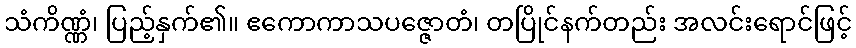
သံကိဏ္ဏံ၊ ပြည့်နှက်၏။ ဧကောကာသပဇ္ဇောတံ၊ တပြိုင်နက်တည်း အလင်းရောင်ဖြင့်